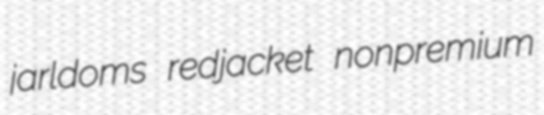
jarldoms redjacket nonpremium